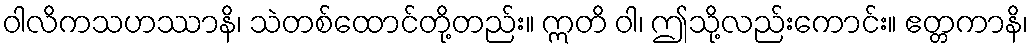
ဝါလိကသဟဿာနိ၊ သဲတစ်ထောင်တို့တည်း။ ဣတိ ဝါ၊ ဤသို့လည်းကောင်း။ ဧတ္တကာနိ၊